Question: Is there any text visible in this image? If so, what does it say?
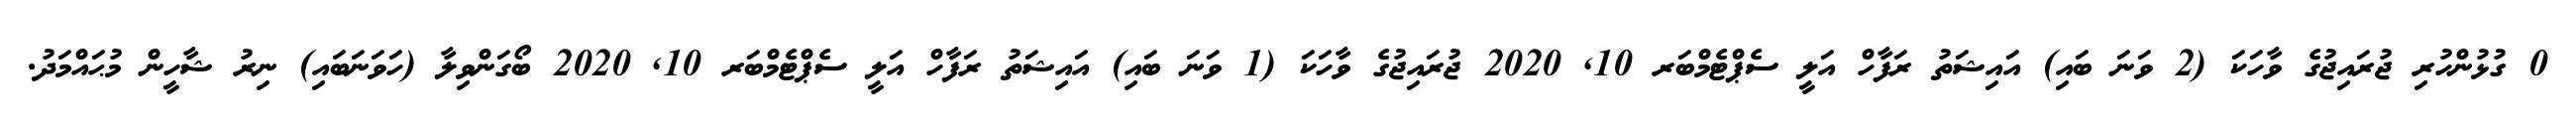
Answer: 0 ގުޅުންހުރި ޖުރައިޖުގެ ވާހަކަ (2 ވަނަ ބައި) އައިޝަތު ރަފާހް އަލީ ސެޕްޓެމްބަރ 10, 2020 ޖުރައިޖުގެ ވާހަކަ (1 ވަނަ ބައި) އައިޝަތު ރަފާހް އަލީ ސެޕްޓެމްބަރ 10, 2020 ބޯގަންވިލާ (ހަވަނަބައި) ނިރު ޝާހީން މުޙައްމަދު.